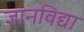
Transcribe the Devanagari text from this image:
ज्ञानविद्या